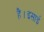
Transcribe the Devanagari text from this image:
है।इसाई